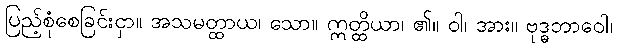
ပြည့်စုံစေခြင်းငှာ။ အသမတ္ထာယ၊ သော။ ဣတ္ထိယာ၊ ၏။ ဝါ၊ အား။ ဗုဒ္ဓဘာဝေါ၊